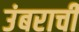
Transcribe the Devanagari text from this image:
उंबराची